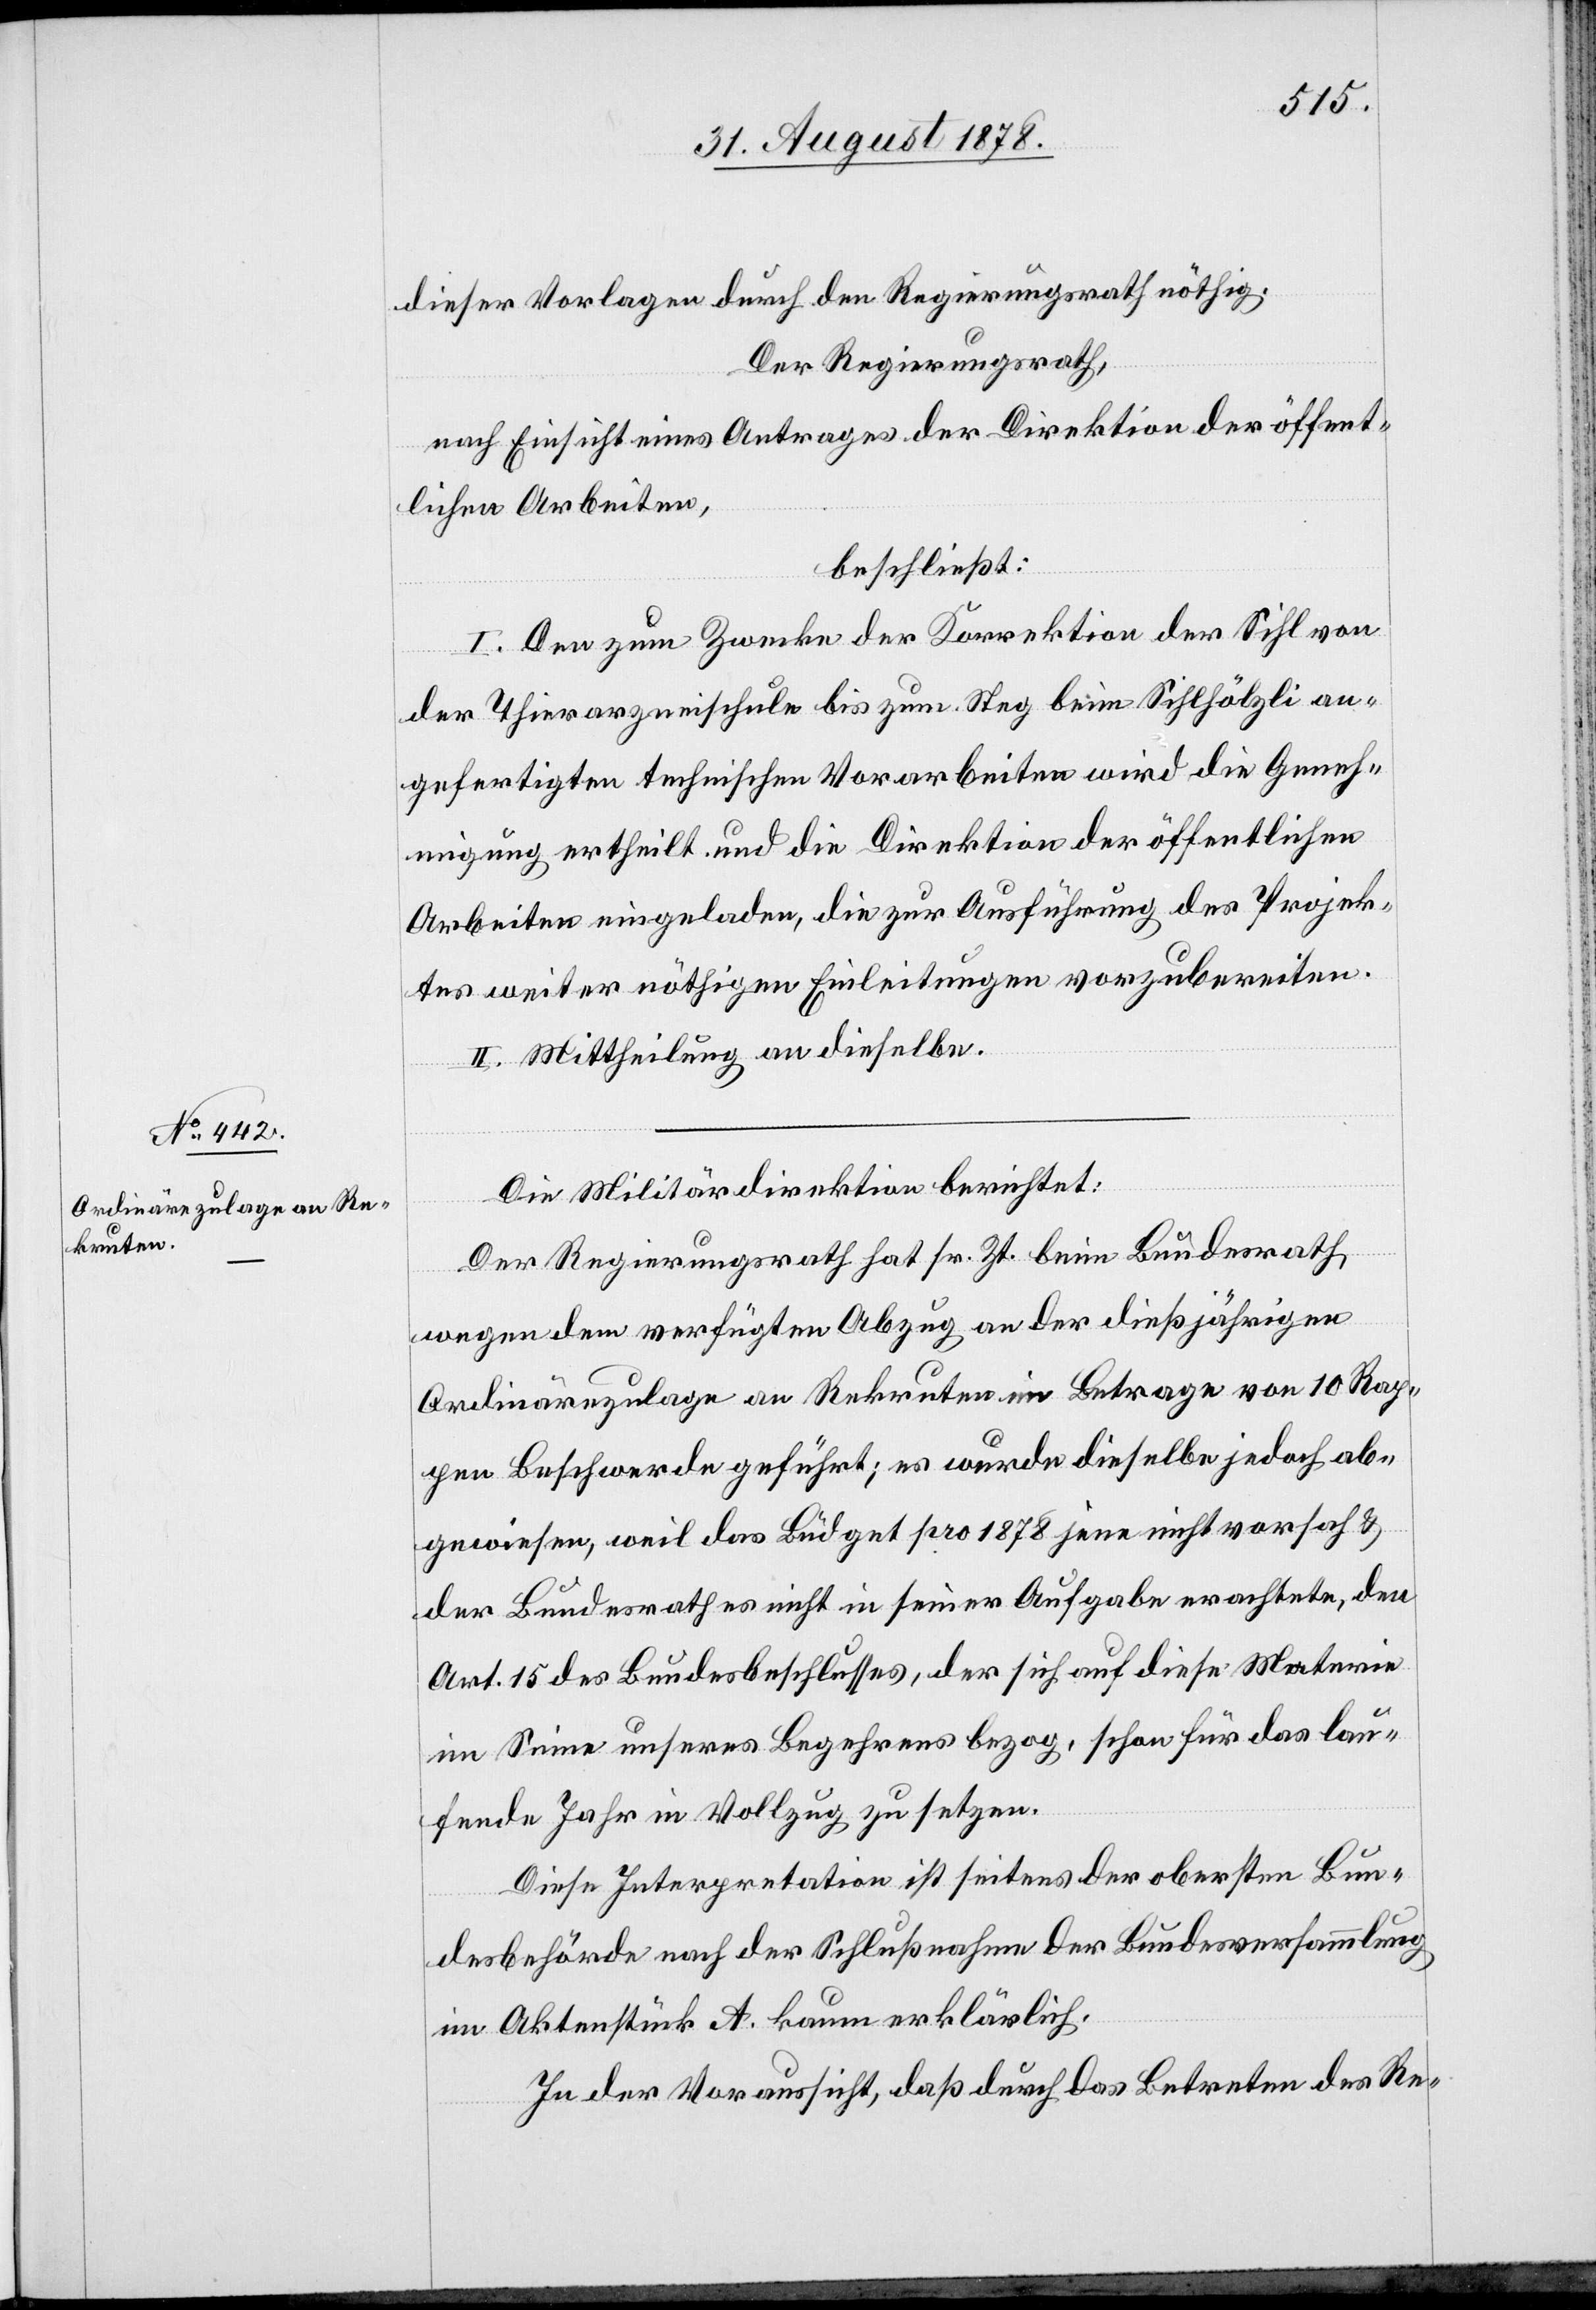
dieser Vorlagen durch den Regierungsrath nöthig.
Der Regierungsrath,
nach Einsicht eines Antrages der Direktion der öffent¬
lichen Arbeiten,
beschließt:
I. Den zum Zwecke der Korrektion der Sihl von
der Thierarzneischule bis zum Steg beim Sihlhölzli an¬
gefertigten technischen Vorarbeiten wird die Geneh¬
migung ertheilt und die Direktion der öffentlichen
Arbeiten eingeladen, die zur Ausführung des Projek¬
tes weiter nöthigen Einleitungen vorzubereiten.
II. Mittheilung an dieselbe.
Die Militärdirektion berichtet:
Der Regierungsrath hat sr. Zt. beim Bundesrath,
wegen dem verfügten Abzug an der dießjährigen
Ordinärezulage an Rekruten im Betrage von 10 Rap¬
pen Beschwerde geführt; es wurde dieselbe jedoch ab¬
gewiesen, weil das Büdget pro 1878 jene nicht vorsah &
der Bundesrath es nicht in seiner Aufgabe erachtete, den
Art. 15 des Bundesbeschlusses, der sich auf diese Materie
im Sinne unseres Begehrens bezog, schon für das lau¬
fende Jahr in Vollzug zu setzen.
Diese Interpretation ist seitens der obersten Bun¬
desbehörde nach der Schlußnahme der Bundesversammlung
im Aktenstück A. kaum erklärlich.
In der Voraussicht, daß durch das Betreten des Re-